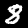
Digit: 8